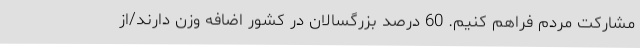
مشارکت مردم فراهم کنیم. 60 درصد بزرگسالان در کشور اضافه وزن دارند/از